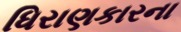
ધિરાણકારના